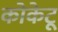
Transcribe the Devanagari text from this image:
कोकेटू